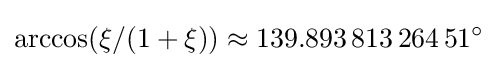
\arccos(\xi /(1+\xi ))\approx 139.893\,813\,264\,51^{\circ }